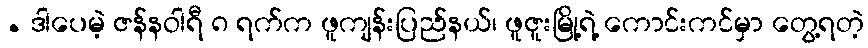
. ဒါပေမဲ့ ဇန်နဝါရီ ၈ ရက်က ဖူကျန်းပြည်နယ်၊ ဖူဇူးမြို့ရဲ့ ကောင်းကင်မှာ တွေ့ရတဲ့